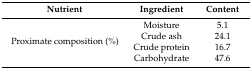
| Nutrient | Ingredient | Content |
 | --- | --- | --- |
 | <ROWSPAN=4> Proximate composition (%) | Moisture | 5.1 |
 | Crude ash | 24.1 |
 | Crude protein | 16.7 |
 | Carbohydrate | 47.6 |